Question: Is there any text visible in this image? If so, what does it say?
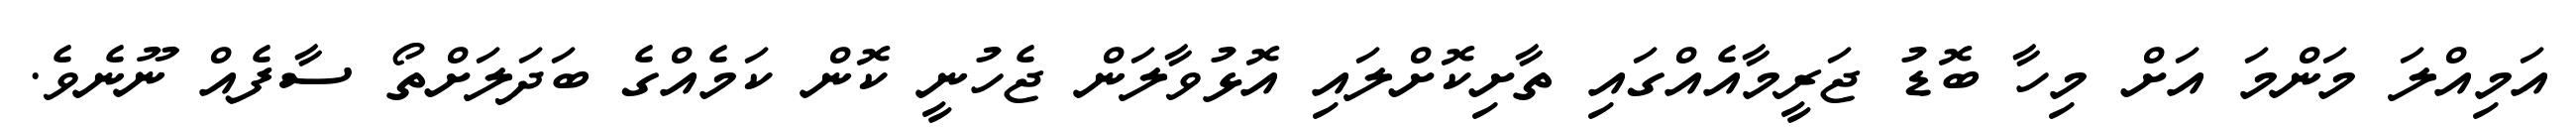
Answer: އަމިއްލަ މަންމަ އަށް މިހާ ބޮޑު ޖަރީމާއެއްގައި ތާށިކޮށްލައި އޮޅުވާލަން ޖެހުނީ ކޮން ކަމެއްގެ ބަދަލަށްތޯ ސާފެއް ނޫނެވެ.